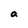
Character: a